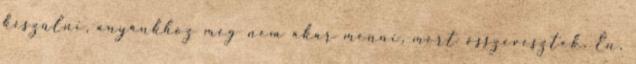
készülni, anyánkhoz meg nem akar menni, mert összevesztek. Én,